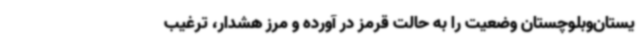
یستان‌وبلوچستان وضعیت را به حالت قرمز در آورده و مرز هشدار، ترغیب